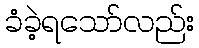
ခံခဲ့ရသော်လည်း